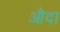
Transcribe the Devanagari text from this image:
औदा